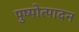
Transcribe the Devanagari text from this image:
पुष्पोत्पादन